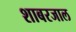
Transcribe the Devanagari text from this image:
शाबरजाल